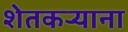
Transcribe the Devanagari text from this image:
शेतकऱ्याना